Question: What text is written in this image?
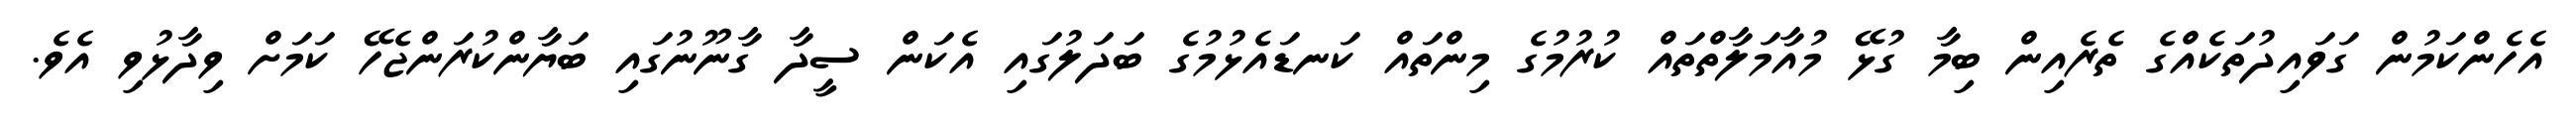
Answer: އެހެންކަމުން ގަވައިދުތަކެއްގެ ތެރެއިން ބިމާ ގުޅޭ މުއާމަލާތްތައް ކުރުމުގެ މިންތައް ކަނޑައެޅުމުގެ ބަދަލުގައި އެކަން ސީދާ ގާނޫނުގައި ބަޔާންކުރަންޖެހޭ ކަމަށް ވިދާޅުވި އެވެ.